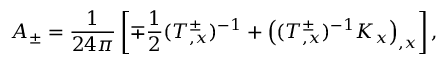
{ \cal A } _ { \pm } = { \frac { 1 } { 2 4 \pi } } \left[ \mp { \frac { 1 } { 2 } } ( T _ { , x } ^ { \pm } ) ^ { - 1 } + \left( ( T _ { , x } ^ { \pm } ) ^ { - 1 } K _ { x } \right) _ { , x } \right] ,